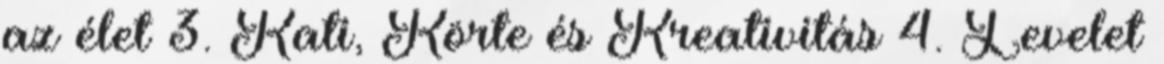
az élet 3. Kati, Körte és Kreativitás 4. Levelet